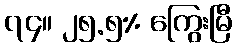
၇၄။ ၂၅.၅% ကြွေးမြီ